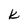
Character: k